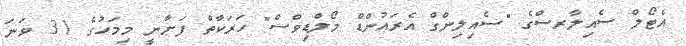
އެޓޯލް ސެއިލާރސްގެ "ސެއިލިންގް އެރައުންޑް މޯލްޑިވްސް" ހަރަކާތް ފަށާނީ މިމަހުގެ 31 ވަނަ